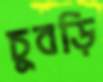
চুবড়ি